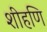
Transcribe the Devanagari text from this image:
शीहणि